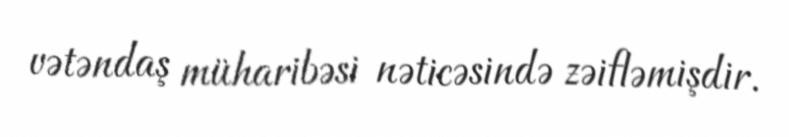
vətəndaş müharibəsi nəticəsində zəifləmişdir.